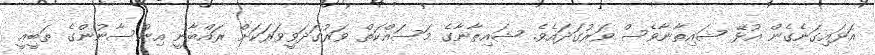
އަޅައިގަނެގެން އުޅޭ ޝައިތާނާވެސް ވަރުގަދައެވެ. ޝައިޠާނާގެ މަސައްކަތް ވަރުގަދަވީވަރަކަށް ރައްބާނީ އިންސާނުންގެ ޠަބީޢީ